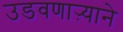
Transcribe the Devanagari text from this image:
उडवणाऱ्याने